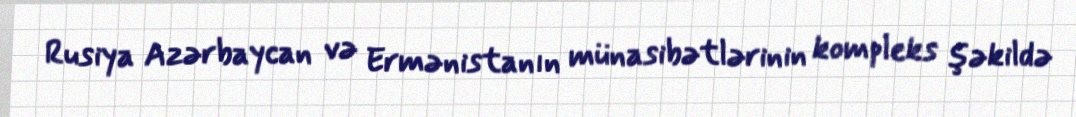
Rusiya Azərbaycan və Ermənistanın münasibətlərinin kompleks şəkildə